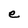
Character: e